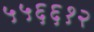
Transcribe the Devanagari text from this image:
५५६६१२